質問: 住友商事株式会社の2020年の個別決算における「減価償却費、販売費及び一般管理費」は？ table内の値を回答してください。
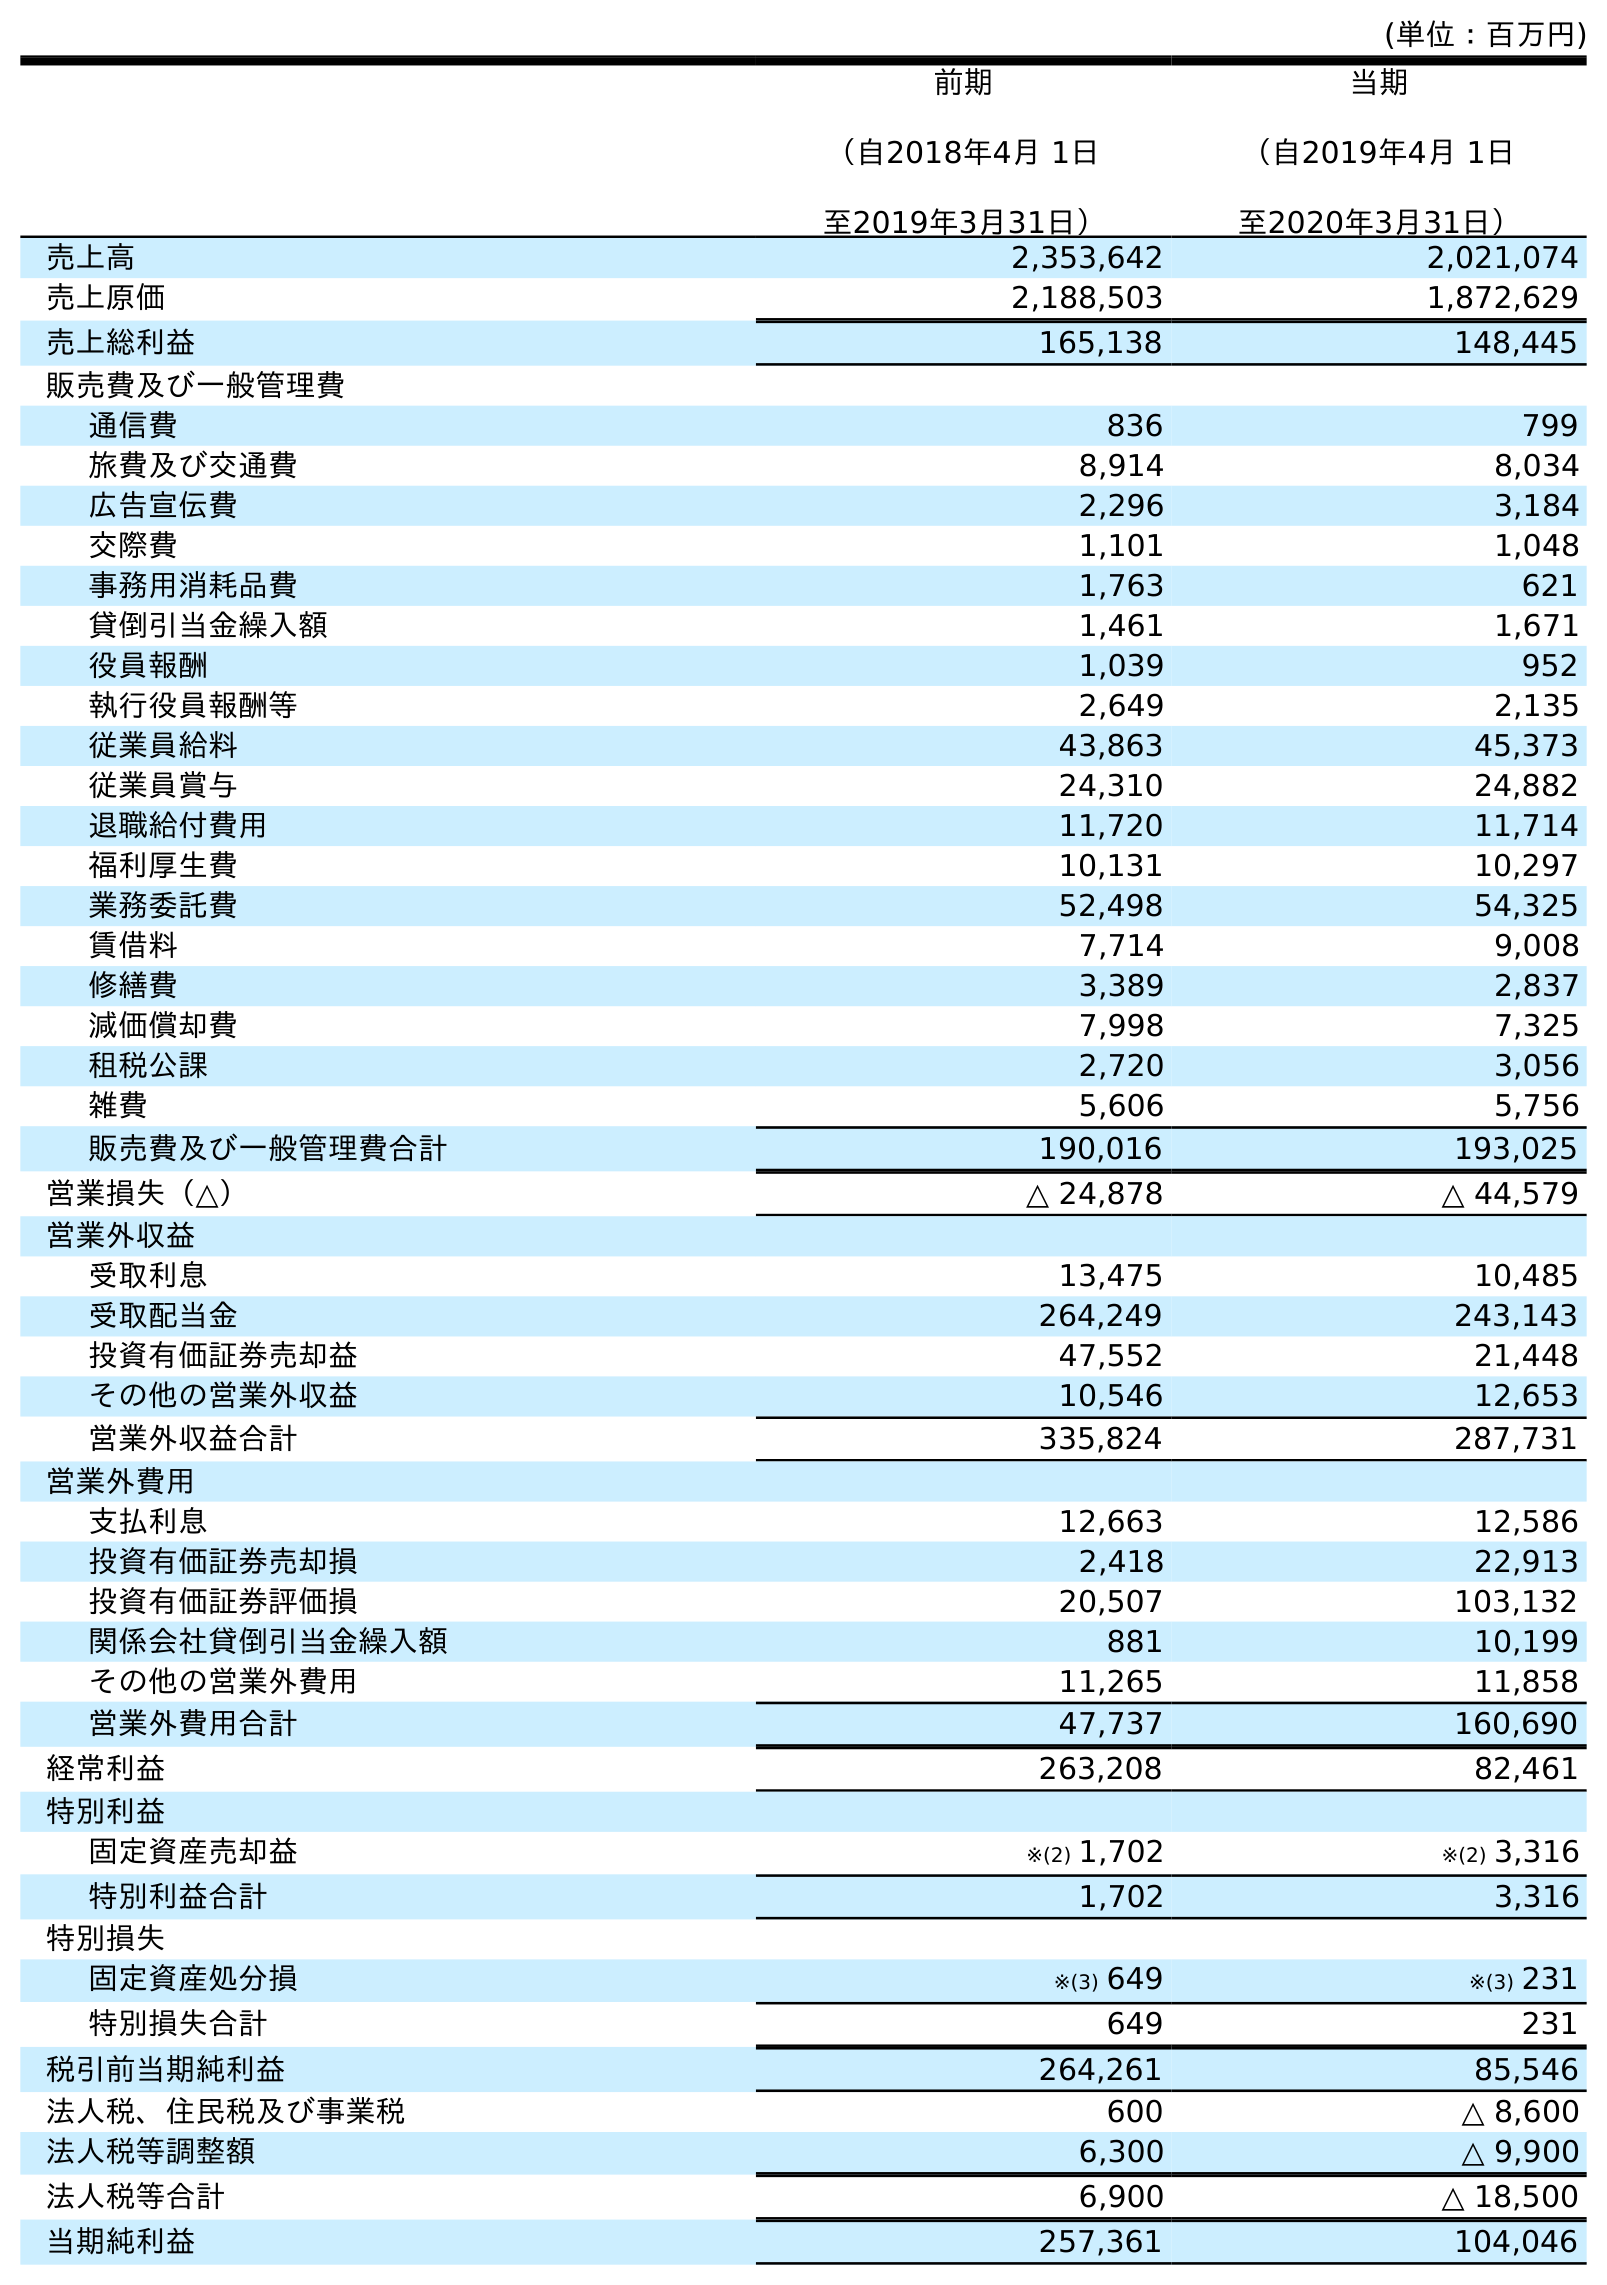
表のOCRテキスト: (単位：百万円) 前期 （自2018年4月 1日 至2019年3月31日） 当期 （自2019年4月 1日 至2020年3月31日） 売上高 2,353,642 2,021,074 売上原価 2,188,503 1,872,629 売上総利益 165,138 148,445 販売費及び一般管理費 通信費 836 799 旅費及び交通費 8,914 8,034 広告宣伝費 2,296 3,184 交際費 1,101 1,048 事務用消耗品費 1,763 621 貸倒引当金繰入額 1,461 1,671 役員報酬 1,039 952 執行役員報酬等 2,649 2,135 従業員給料 43,863 45,373 従業員賞与 24,310 24,882 退職給付費用 11,720 11,714 福利厚生費 10,131 10,297 業務委託費 52,498 54,325 賃借料 7,714 9,008 修繕費 3,389 2,837 減価償却費 7,998 7,325 租税公課 2,720 3,056 雑費 5,606 5,756 販売費及び一般管理費合計 190,016 193,025 営業損失（△） △ 24,878 △ 44,579 営業外収益 受取利息 13,475 10,485 受取配当金 264,249 243,143 投資有価証券売却益 47,552 21,448 その他の営業外収益 10,546 12,653 営業外収益合計 335,824 287,731 営業外費用 支払利息 12,663 12,586 投資有価証券売却損 2,418 22,913 投資有価証券評価損 20,507 103,132 関係会社貸倒引当金繰入額 881 10,199 その他の営業外費用 11,265 11,858 営業外費用合計 47,737 160,690 経常利益 263,208 82,461 特別利益 固定資産売却益 ※(2) 1,702 ※(2) 3,316 特別利益合計 1,702 3,316 特別損失 固定資産処分損 ※(3) 649 ※(3) 231 特別損失合計 649 231 税引前当期純利益 264,261 85,546 法人税、住民税及び事業税 600 △ 8,600 法人税等調整額 6,300 △ 9,900 法人税等合計 6,900 △ 18,500 当期純利益 257,361 104,046
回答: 7,325